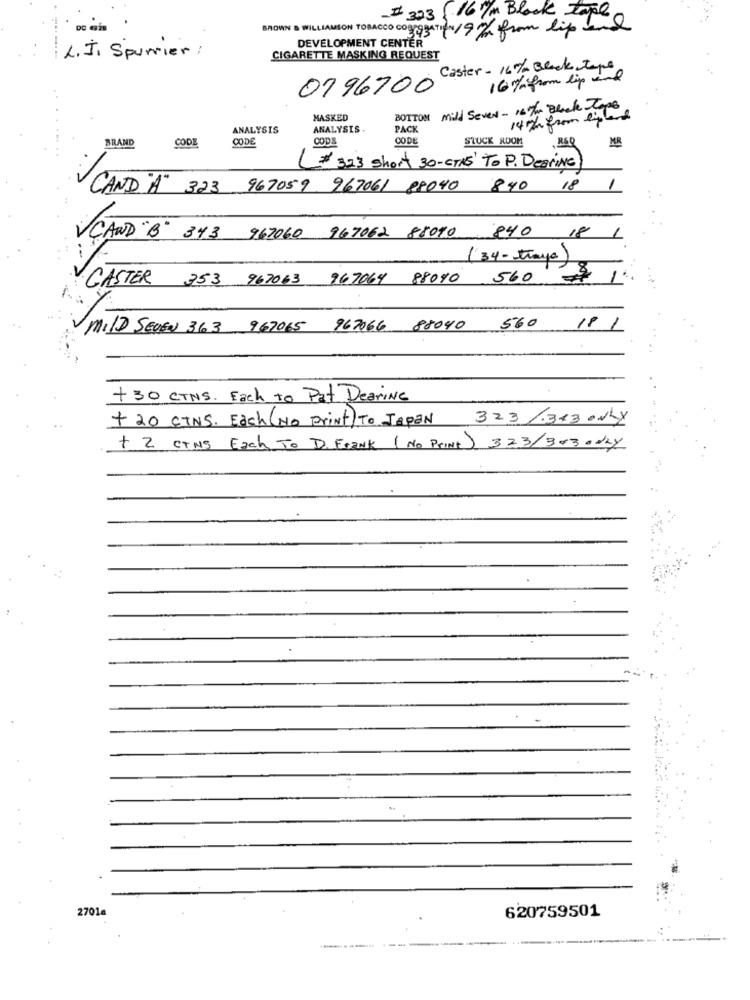
# 323 ( 16/m Block Tape
BROWN & WILLIAMSON TOBACCO COgagaTion/9% from lip In
DEVELOPMENT CENTER
L.J. Spurrier :
CIGARETTE MASKING REQUEST
16% from lip und
0796700
BOTTOM Mild Seven - 16 The Block Taps
MASKED
14 % from lied
ANALYSIS
ANALYSIS.
PACK
BRAND
CODE
CODE
CODE
CODE
STUCK ROOM
MR
(* 323 short 30 - STK' To P. Dearing
CAND "A" 323 967059 967061 88040 840
18
VCAND "B" 343 967060 967062 88090 840
18
(34-trays)
CASTER 353 967063 967064 88040
560
1
MILD SEVEN 363 967065 967066 88040 560
18 1
+ 30 CTNS. Each to Pat Dearing
+ 20 CINS. Each (NO Print) To JAPAN 3 23 /3x3 ONLY
+ 2 CTNS Each To D. Frank ( No Print) 323/3030dky
2701a
620759501
-----